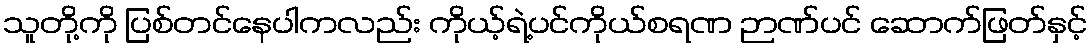
သူတို့ကို ပြစ်တင်နေပါကလည်း ကိုယ့်ရဲ့ပင်ကိုယ်စရဏ ဉာဏ်ပင် ဆောက်ဖြတ်နှင့်